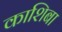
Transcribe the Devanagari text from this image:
काशिबा